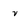
Character: v